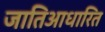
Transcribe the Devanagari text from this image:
जातिआधारित